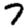
Digit: 7